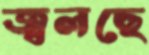
জ্বলছে